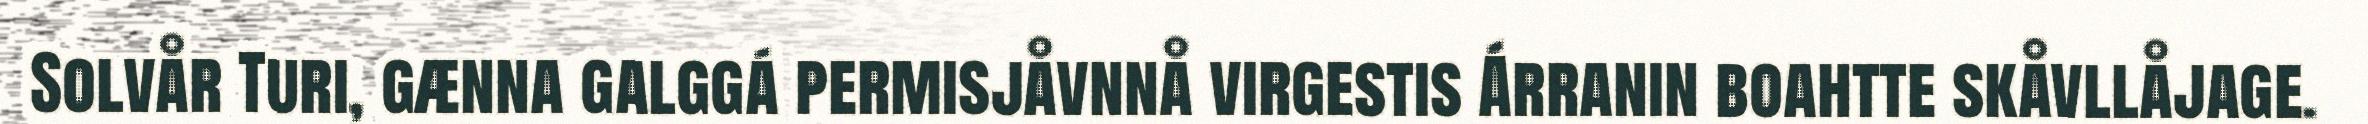
Solvår Turi, gænna galggá permisjåvnnå virgestis Árranin boahtte skåvllåjage.